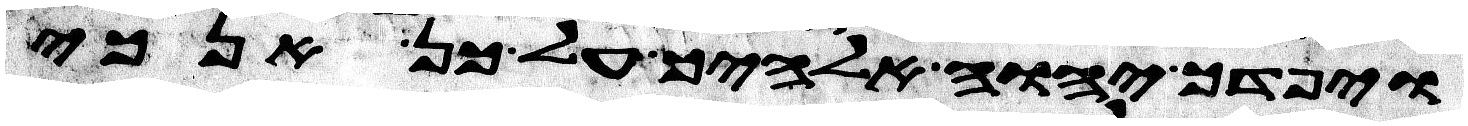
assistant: ויפדך יהוה אלהיך על כן אנכי